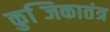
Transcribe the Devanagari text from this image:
कुब्जिकातंत्र